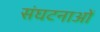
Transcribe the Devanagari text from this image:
संघटनाओं